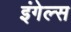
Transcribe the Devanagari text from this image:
इंगेल्स